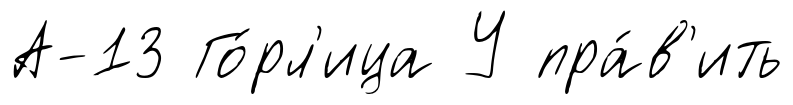
А-13 Го́рл'ица У пра́в'ить